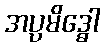
အပ္ပမိဒ္ဓေါ